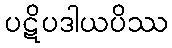
ပဋိပဒါယပိဿ